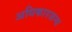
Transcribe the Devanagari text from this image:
अधिकारजन्य